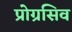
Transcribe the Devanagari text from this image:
प्रोग्रसिव